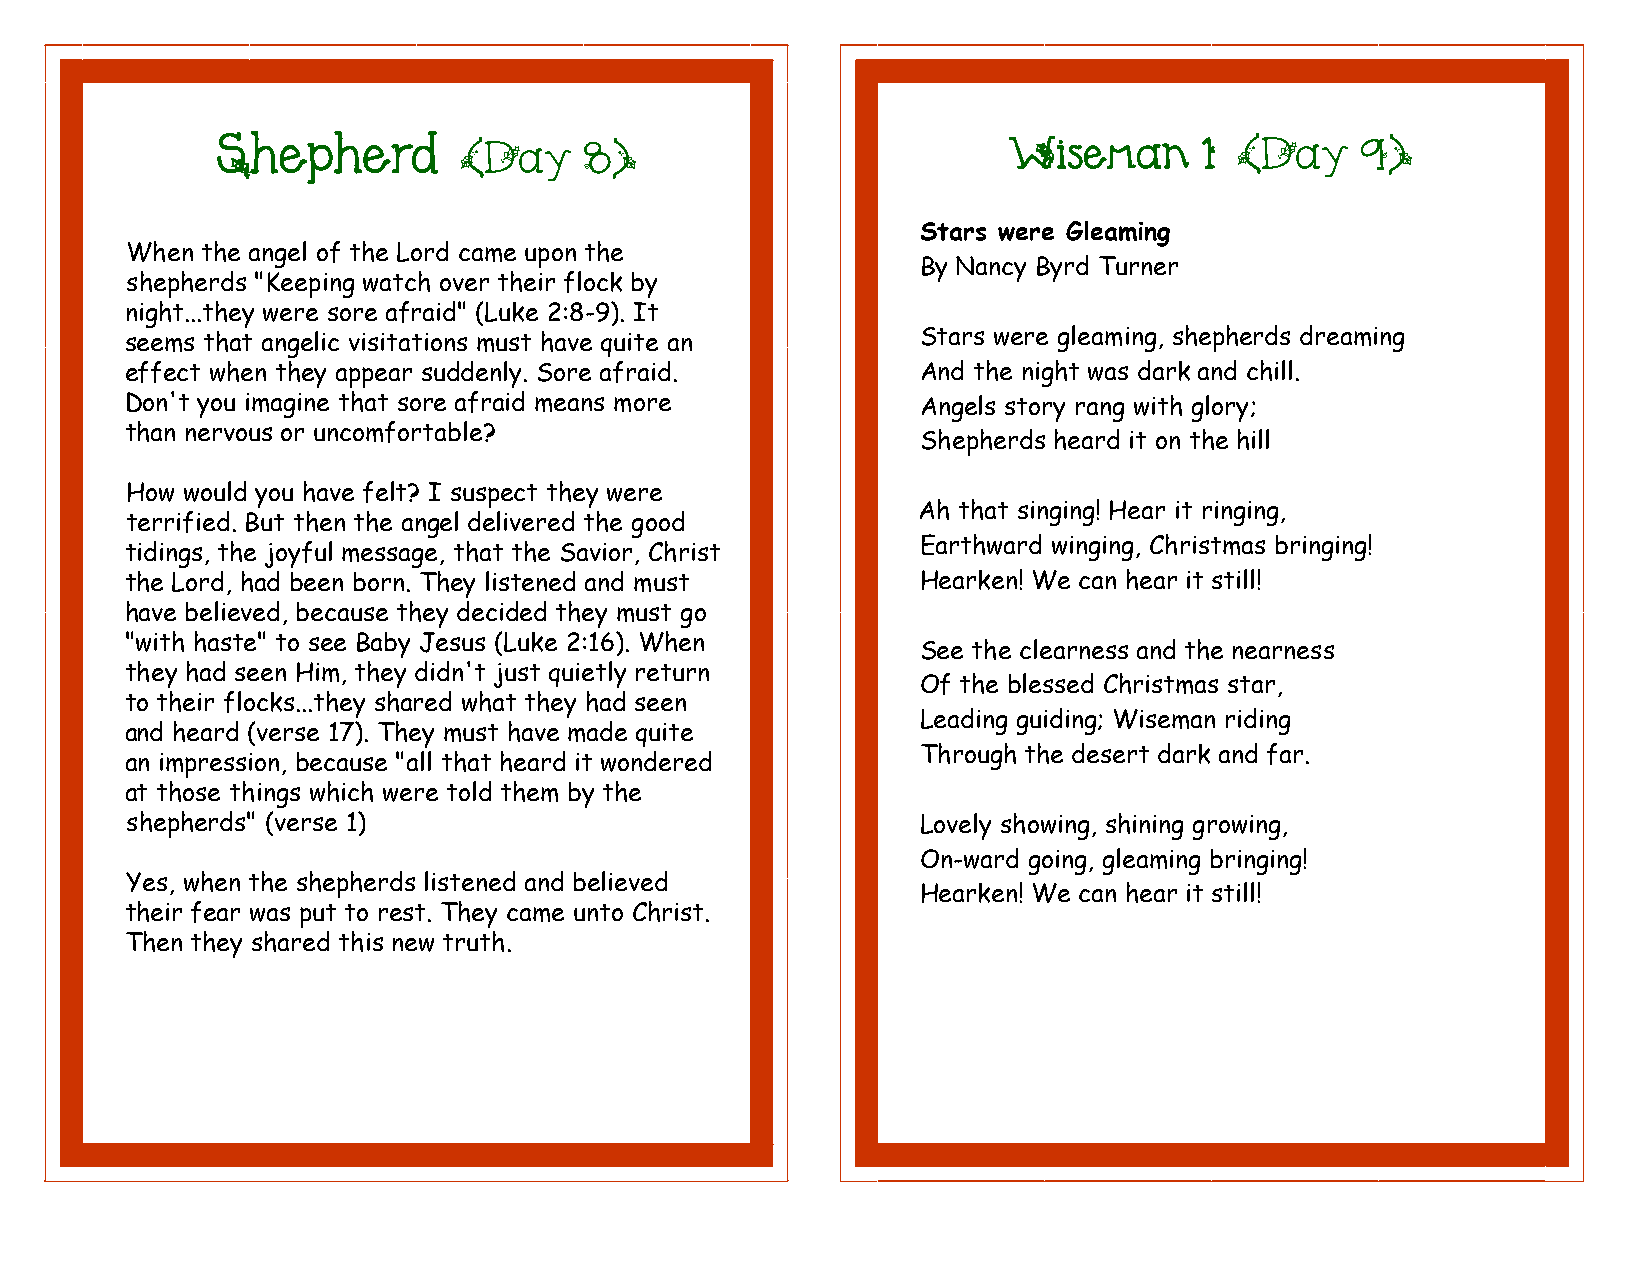
Shepherd        (Day     8)                          Wiseman     1  (Day    9)
 Stars were Gleaming
 When the angel of the Lord came upon the
 By Nancy Byrd Turner
 shepherds "Keeping watch over their flock by
 night...they were sore afraid" (Luke 2:8-9). It
 seems that angelic visitations must have quite an    Stars were gleaming, shepherds dreaming
 effect when they appear suddenly. Sore afraid.       And the night was dark and chill.
 Don't you imagine that sore afraid means more        Angels story rang with glory;
 than nervous or uncomfortable?
 Shepherds heard it on the hill
 How would you have felt? I suspect they were
 Ah that singing! Hear it ringing,
 terrified. But then the angel delivered the good
 Earthward winging, Christmas bringing!
 tidings, the joyful message, that the Savior, Christ
 the Lord, had been born. They listened and must      Hearken! We can hear it still!
 have believed, because they decided they must go
 "with haste" to see Baby Jesus (Luke 2:16). When
 See the clearness and the nearness
 they had seen Him, they didn't just quietly return
 Of the blessed Christmas star,
 to their flocks...they shared what they had seen
 Leading guiding; Wiseman riding
 and heard (verse 17). They must have made quite
 Through the desert dark and far.
 an impression, because "all that heard it wondered
 at those things which were told them by the
 shepherds" (verse 1)                                 Lovely showing, shining growing,
 On-ward going, gleaming bringing!
 Yes, when the shepherds listened and believed
 Hearken! We can hear it still!
 their fear was put to rest. They came unto Christ.
 Then they shared this new truth.